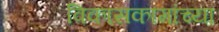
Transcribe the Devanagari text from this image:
विकासकामांच्या